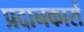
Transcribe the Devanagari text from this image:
प्रदानकारों